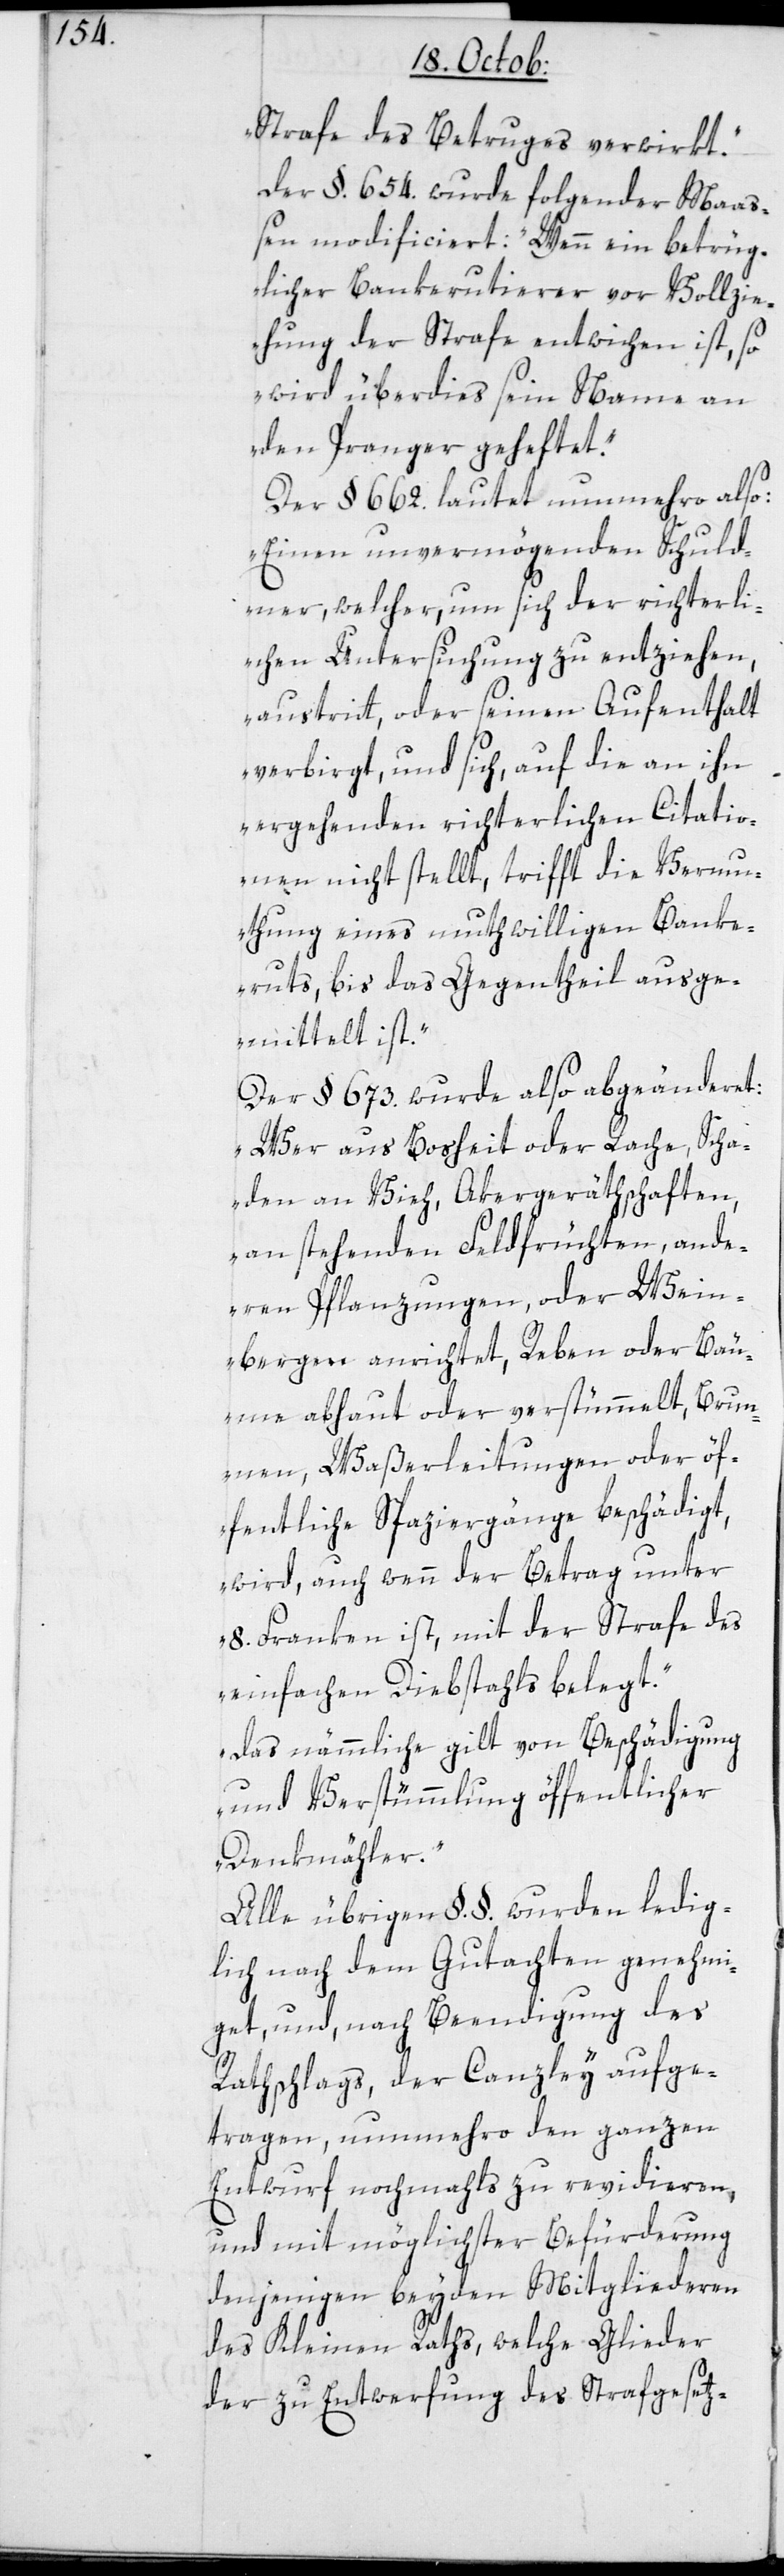
Strafe des Betrugs verwirkt“.
Der §. 654. wurde folgender Maa¬
ßen modificiert: „Wenn ein betrüg¬
licher Bankerutierer vor Vollzi¬
ehung der Strafe entwichen ist, so
wird überdies sein Name an
den Pranger geheftet“.
Der §. 662. lautet nunmehro also:
„Einen unvermögenden Schuld¬
ner, welcher um sich der richterli¬
chen Untersuchung zu entziehen,
austritt oder seinen Aufenthalt
verbirgt, und sich auf die an ihn
ergehenden richterlichen Citatio¬
nen nicht stellt, trifft die Vermu¬
thung eines muthwilligen Banke¬
ruts, bis das Gegentheil ausge¬
mittelt ist“.
Der §. 673. wurde also abgeänderet:
„Wer aus Bosheit oder Rache, Scha¬
den an Vieh, Akergeräthschaften,
an stehenden Feldfrüchten, ande¬
ren Pflanzungen oder Wein¬
bergen anrichtet, Reben oder Bäu¬
me abhaut oder verstümmelt, Brun¬
nen, Waßerleitungen oder öf¬
fentliche Spaziergänge beschädigt,
wird, auch wenn der Betrag unter
8. Franken ist, mit der Strafe des
einfachen Diebstahls belegt.
das nämmliche gilt von Beschädigung
und Verstümmlung öffentlicher
Denkmäler“.
Alle übrigen §.§. wurden ledig¬
lich nach dem Gutachten genehmi¬
get, und nach Beendigung des
Rathschlags, der Canzley aufge¬
tragen, nunmehro den ganzen
Entwurf nochmahls zu revidieren,
und mit möglichster Befürderung
denjenigen beyden Mitgliederen
des Kleinen Raths, welche Glieder
der zu Entwerfung des Strafgesetz-